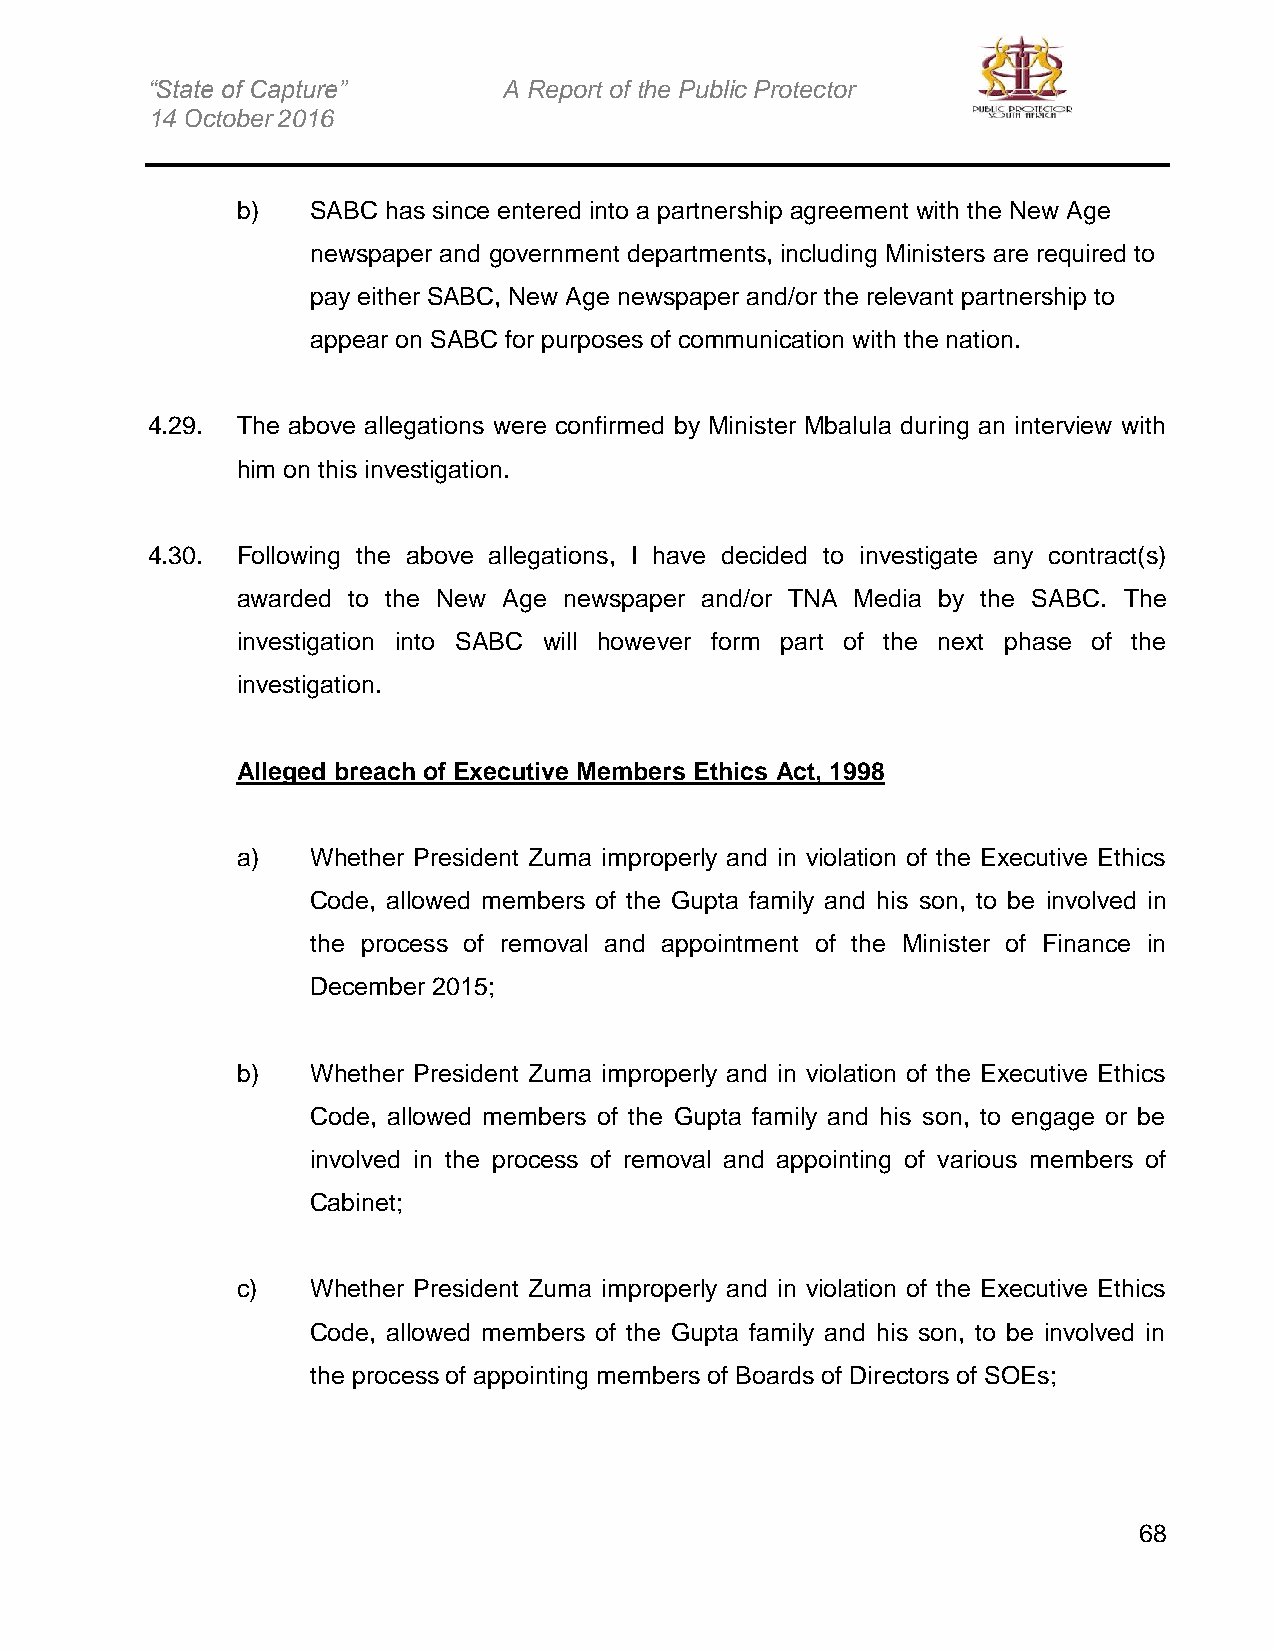
“State of Capture”     A Report of the Public Protector
 14 October 2016
 b)   SABC has since entered into a partnership agreement with the New Age
 newspaper and government departments, including Ministers are required to
 pay either SABC, New Age newspaper and/or the relevant partnership to
 appear on SABC for purposes of communication with the nation.
 4.29. The above allegations were confirmed by Minister Mbalula during an interview with
 him on this investigation.
 4.30. Following the above allegations, I have decided to investigate any contract(s)
 awarded to the New Age newspaper and/or TNA Media by the SABC. The
 investigation into SABC will however form part of the next phase of the
 investigation.
 Alleged breach of Executive Members Ethics Act, 1998
 a)   Whether President Zuma improperly and in violation of the Executive Ethics
 Code, allowed members of the Gupta family and his son, to be involved in
 the process of removal and appointment of the Minister of Finance in
 December 2015;
 b)   Whether President Zuma improperly and in violation of the Executive Ethics
 Code, allowed members of the Gupta family and his son, to engage or be
 involved in the process of removal and appointing of various members of
 Cabinet;
 c)   Whether President Zuma improperly and in violation of the Executive Ethics
 Code, allowed members of the Gupta family and his son, to be involved in
 the process of appointing members of Boards of Directors of SOEs;
 68